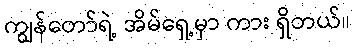
ကျွန်တော်ရဲ့ အိမ်ရှေ့မှာ ကား ရှိတယ်။